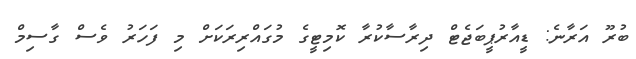
ބުރޫ އަރާނެ: ޑީއާރުޕީބަޖެޓް ދިރާސާކުރާ ކޮމިޓީގެ މުގައްރިރަކަށް މި ފަހަރު ވެސް ގާސިމް